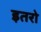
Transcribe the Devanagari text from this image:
इतरो